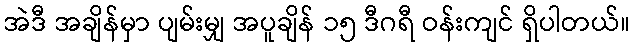
အဲဒီ အချိန်မှာ ပျမ်းမျှ အပူချိန် ၁၅ ဒီဂရီ ဝန်းကျင် ရှိပါတယ်။